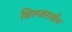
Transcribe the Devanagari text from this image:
विल्जरार्सन